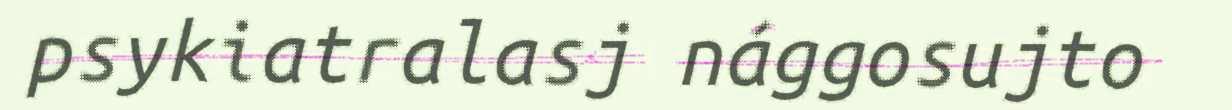
psykiatralasj nággosujto